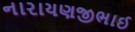
નારાયણજીભાઈ